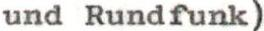
und Rundfunk